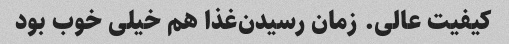
کیفیت عالی. زمان رسیدن‌غذا هم خیلی خوب بود